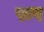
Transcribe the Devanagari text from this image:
रूप